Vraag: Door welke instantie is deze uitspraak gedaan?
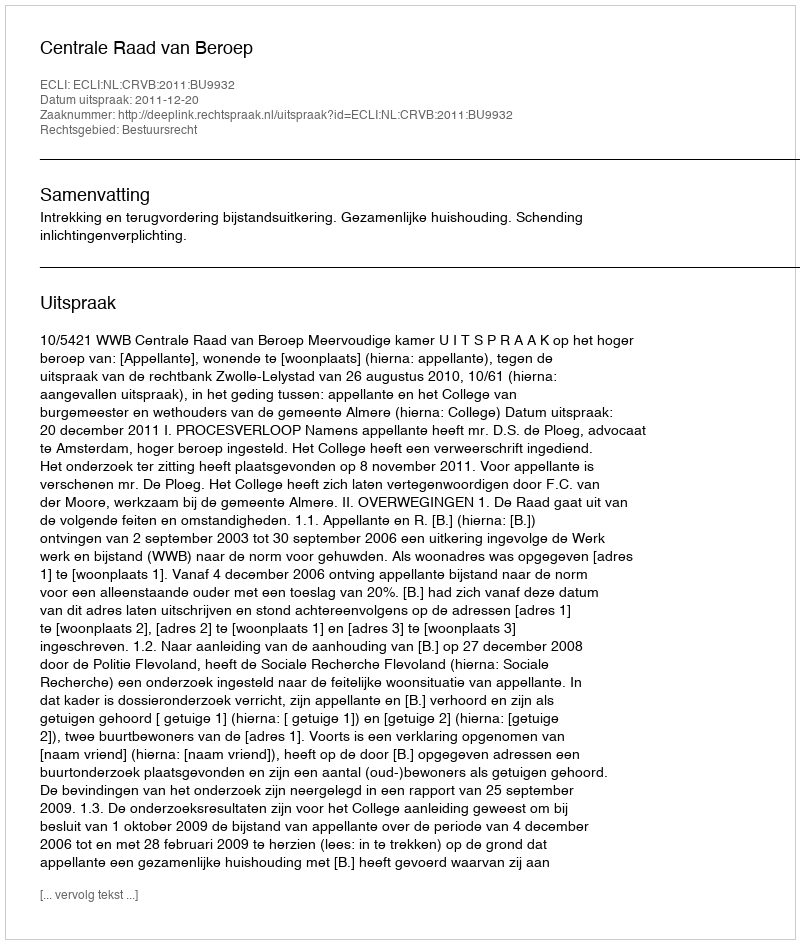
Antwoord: Centrale Raad van Beroep